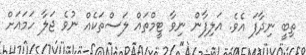
ތިބީ ނިދާފަ އެވެ. އަލިފާން ނިވާ ޓީމްތައް ލަސްތަކެއް ނުވެ ޖަލާ ހަމައަށް